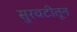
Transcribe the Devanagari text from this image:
सुरवटीतून